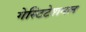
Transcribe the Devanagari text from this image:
गेस्टिटेशनल